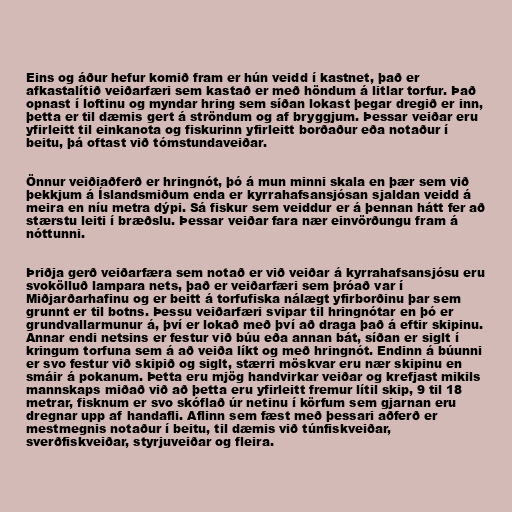
Eins og áður hefur komið fram er hún veidd í kastnet, það er
afkastalítið veiðarfæri sem kastað er með höndum á litlar torfur. Það
opnast í loftinu og myndar hring sem síðan lokast þegar dregið er inn,
þetta er til dæmis gert á ströndum og af bryggjum. Þessar veiðar eru
yfirleitt til einkanota og fiskurinn yfirleitt borðaður eða notaður í
beitu, þá oftast við tómstundaveiðar.

Önnur veiðiaðferð er hringnót, þó á mun minni skala en þær sem við
þekkjum á Íslandsmiðum enda er kyrrahafsansjósan sjaldan veidd á
meira en níu metra dýpi. Sá fiskur sem veiddur er á þennan hátt fer að
stærstu leiti í bræðslu. Þessar veiðar fara nær einvörðungu fram á
nóttunni.

Þriðja gerð veiðarfæra sem notað er við veiðar á kyrrahafsansjósu eru
svokölluð lampara nets, það er veiðarfæri sem þróað var í
Miðjarðarhafinu og er beitt á torfufiska nálægt yfirborðinu þar sem
grunnt er til botns. Þessu veiðarfæri svipar til hringnótar en þó er
grundvallarmunur á, því er lokað með því að draga það á eftir skipinu.
Annar endi netsins er festur við búu eða annan bát, síðan er siglt í
kringum torfuna sem á að veiða líkt og með hringnót. Endinn á búunni
er svo festur við skipið og siglt, stærri möskvar eru nær skipinu en
smáir á pokanum. Þetta eru mjög handvirkar veiðar og krefjast mikils
mannskaps miðað við að þetta eru yfirleitt fremur lítil skip, 9 til 18
metrar, fisknum er svo skóflað úr netinu í körfum sem gjarnan eru
dregnar upp af handafli. Aflinn sem fæst með þessari aðferð er
mestmegnis notaður í beitu, til dæmis við túnfiskveiðar,
sverðfiskveiðar, styrjuveiðar og fleira.